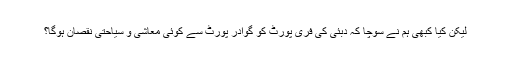
لیکن کیا کبھی ہم نے سوچا کہ دبئی کی فری پورٹ کو گوادر پورٹ سے کوئی معاشی و سیاحتی نقصان ہوگا؟